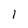
Character: 1